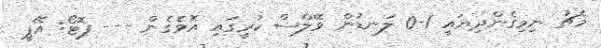
މެޗު ނިމިގެންދިޔައީ 1-0 ލަނޑުން ވޭލްސް ކުރީގައި އޮވެގެން --- ފޮޓޯ: އޭޕީ